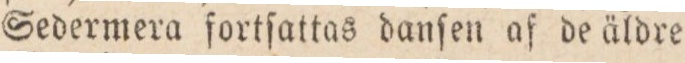
Sedermera fortſattas danſen af de äldre